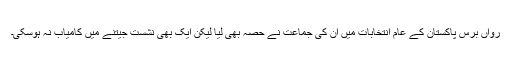
رواں برس پاکستان کے عام انتخابات میں ان کی جماعت نے حصہ بھی لیا لیکن ایک بھی نشست جیتنے میں کامیاب نہ ہوسکی۔